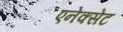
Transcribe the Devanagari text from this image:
एनेक्सेट